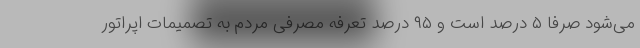
می‌شود صرفا ۵ درصد است و ۹۵ درصد تعرفه مصرفی مردم به تصمیمات اپراتور